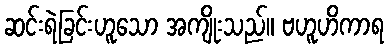
ဆင်းရဲခြင်းဟူသော အကျိုးသည်။ ဗဟူဟိကာရ